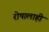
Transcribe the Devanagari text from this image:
रोषालाही